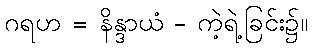
ဂရဟ = နိန္ဒာယံ - ကဲ့ရဲ့ခြင်း၌။